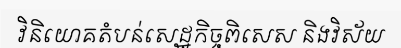
វិនិយោគតំបន់សេដ្ឋកិច្ចពិសេស និងវិស័យ